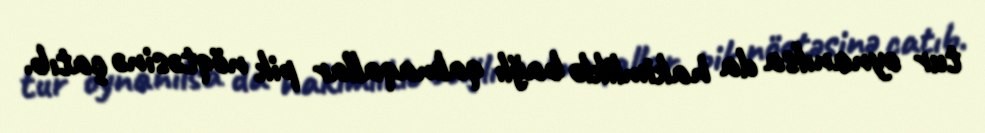
tur oynanılsa da hakimliklə bağlı qalmaqallar pik nöqtəsinə çatıb.